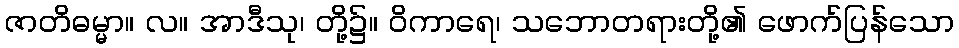
ဇာတိဓမ္မာ။ လ။ အာဒီသု၊ တို့၌။ ဝိကာရေ၊ သဘောတရားတို့၏ ဖောက်ပြန်သော